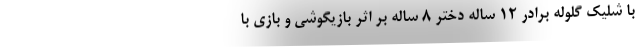
با شلیک گلوله برادر 12 ساله دختر 8 ساله بر اثر بازیگوشی و بازی با